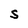
Character: S